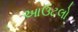
આઉટલો